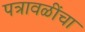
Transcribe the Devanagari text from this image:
पत्रावळींचा